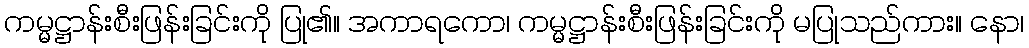
ကမ္မဋ္ဌာန်းစီးဖြန်းခြင်းကို ပြု၏။ အကာရကော၊ ကမ္မဋ္ဌာန်းစီးဖြန်းခြင်းကို မပြုသည်ကား။ နော၊